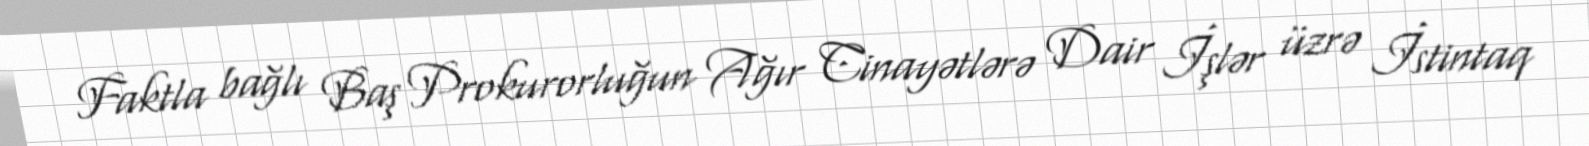
Faktla bağlı Baş Prokurorluğun Ağır Cinayətlərə Dair İşlər üzrə İstintaq